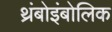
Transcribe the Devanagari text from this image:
थ्रंबोइंबोलिक